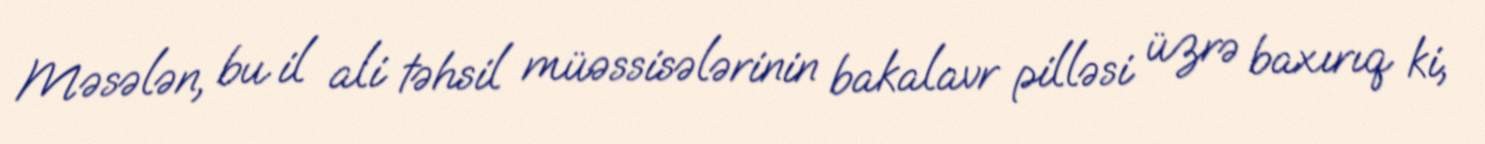
Məsələn, bu il ali təhsil müəssisələrinin bakalavr pilləsi üzrə baxırıq ki,